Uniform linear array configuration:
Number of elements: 24
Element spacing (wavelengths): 1
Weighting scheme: blackman
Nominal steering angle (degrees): -45
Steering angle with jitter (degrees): -45.223
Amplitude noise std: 0.05
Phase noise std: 0.05

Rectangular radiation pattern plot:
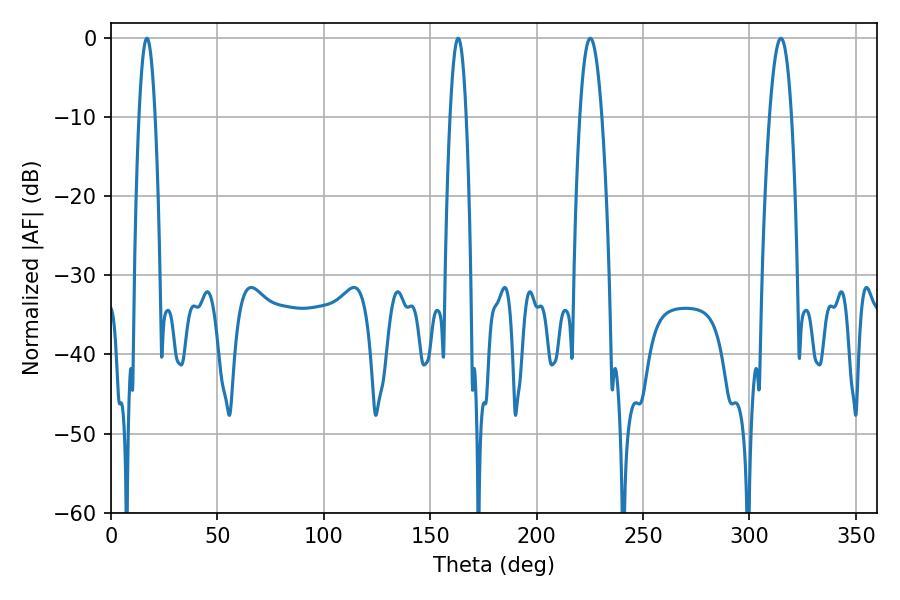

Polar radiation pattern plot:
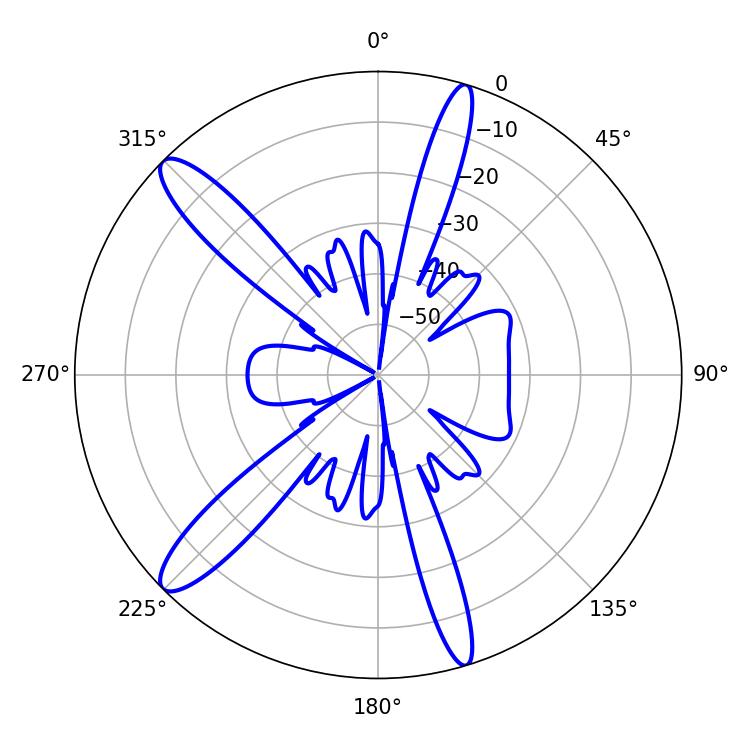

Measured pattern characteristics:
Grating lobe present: TRUE
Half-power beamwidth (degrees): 5.58
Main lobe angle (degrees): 225.18